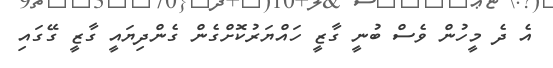
އެ ދެ މީހުން ވެސް ބުނީ ގާޒީ ހައްޔަރުކޮށްގެން ގެންދިޔައީ ގާޒީ ގޭގައި